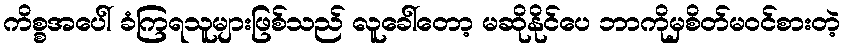
ကိစ္စအပေါ် ခံကြရသူများဖြစ်သည် လူခေါ်တော့ မဆိုနိုင်ပေ ဘာကိုမှစိတ်မဝင်စားတဲ့